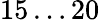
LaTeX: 15\ldots 20